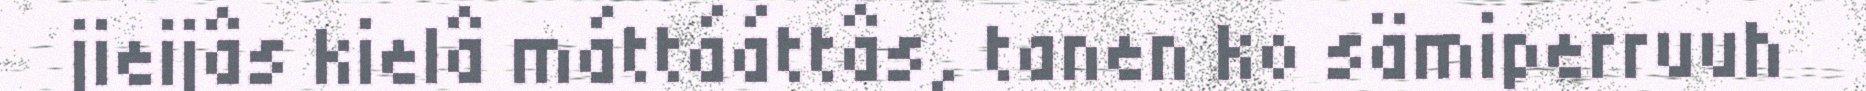
jieijâs kielâ máttááttâs, tanen ko sämiperruuh